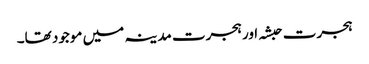
ہجرت حبشہ اور ہجرت مدینہ میں موجود تھا۔